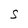
Character: S